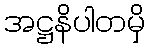
အဋ္ဌနိပါတမှိ